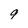
Character: 9